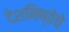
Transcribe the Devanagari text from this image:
देशनिष्ठेचे